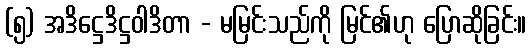
(၅) အဒိဋ္ဌေဒိဋ္ဌဝါဒိတာ - မမြင်းသည်ကို မြင်၏ဟု ပြောဆိုခြင်း။